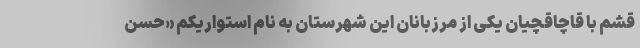
قشم با قاچاقچیان یکی از مرزبانان این شهرستان به نام استواریکم «حسن